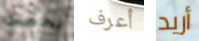
يخصك أعرف أريد